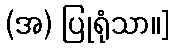
(အ) ပြုရုံသာ။]